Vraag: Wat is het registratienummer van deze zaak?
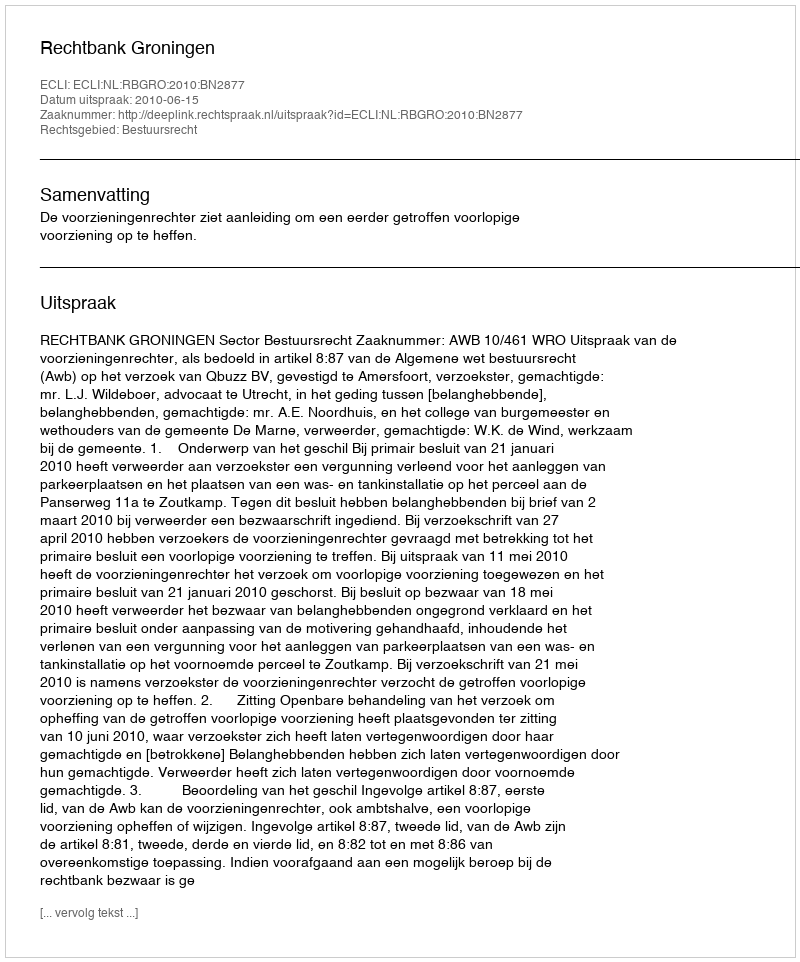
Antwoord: http://deeplink.rechtspraak.nl/uitspraak?id=ECLI:NL:RBGRO:2010:BN2877